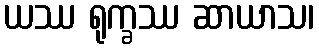
ယဿ ရုက္ခဿ ဆာယာသ၊